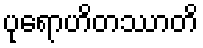
ပုရောဟိတဿာတိ